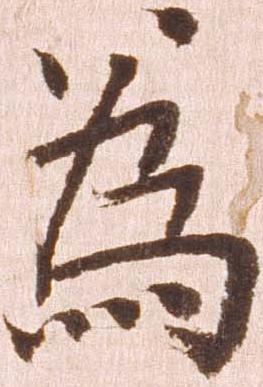
為